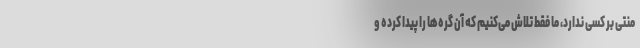
منتی بر کسی ندارد، ما فقط تلاش می‌کنیم که آن گره‌ها را پیدا کرده و